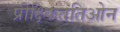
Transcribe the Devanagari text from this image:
प्रीक्ष्किततिओन